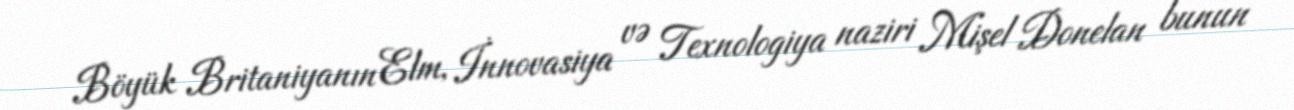
Böyük Britaniyanın Elm, İnnovasiya və Texnologiya naziri Mişel Donelan bunun